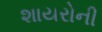
શાયરોની